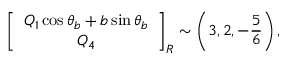
\left[ \begin{array} { c } { { Q _ { 1 } \cos \theta _ { b } + b \sin \theta _ { b } } } \\ { { Q _ { 4 } } } \end{array} \right] _ { R } \sim \left( 3 , 2 , - { \frac { 5 } { 6 } } \right) ,